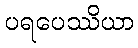
ပရပေဿိယာ